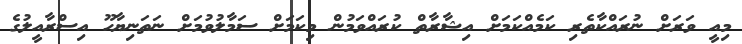
މިއީ ވަރަށް ނުރައްކާތެރި ކަމެއްކަމަށް އިޝާރާތް ކުރައްވަމުން މިކަމަށް ސަމާލުވުމަށް ނަތަނިޔާހޫ އިސްރާއީލުގެ